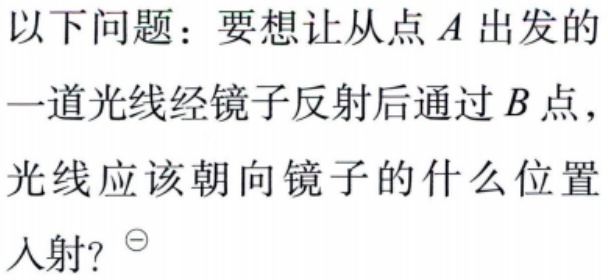
以下问题：要想让从点\(A\)出发的一道光线经镜子反射后通过\(B\)点，光线应该朝向镜子的什么位置入射？^{\ominus}